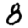
Digit: 8